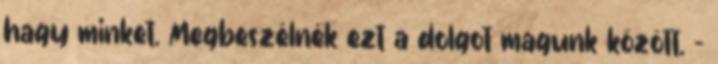
hagy minket. Megbeszélnék ezt a dolgot magunk között. -